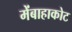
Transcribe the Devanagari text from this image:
मेंबाहाकोट